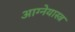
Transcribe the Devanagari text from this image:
आग्‍नेयास्‍त्र